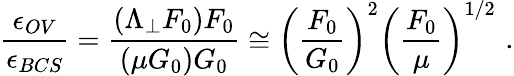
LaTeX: \frac{\epsilon_{OV}}{\epsilon_{BCS}}=\frac{(\Lambda_{\perp}F_{0})F_{0}}{(\mu G_{0})G_{0}}\cong\left(\frac{F_{0}}{G_{0}}\right)^{2}\left(\frac{F_{0}}{\mu}\right)^{1/2}\, \, .